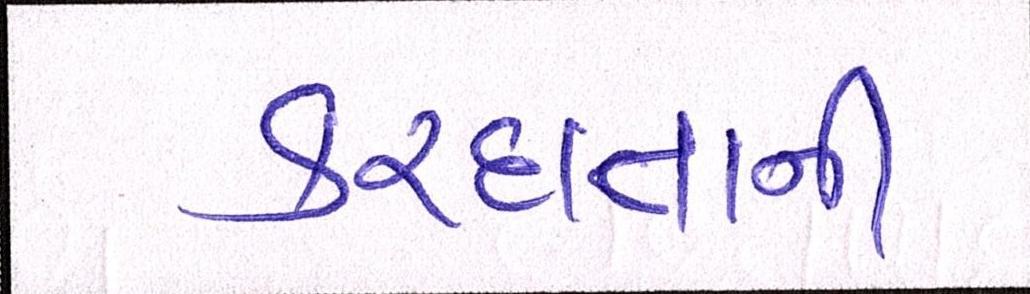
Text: કરદાતાની